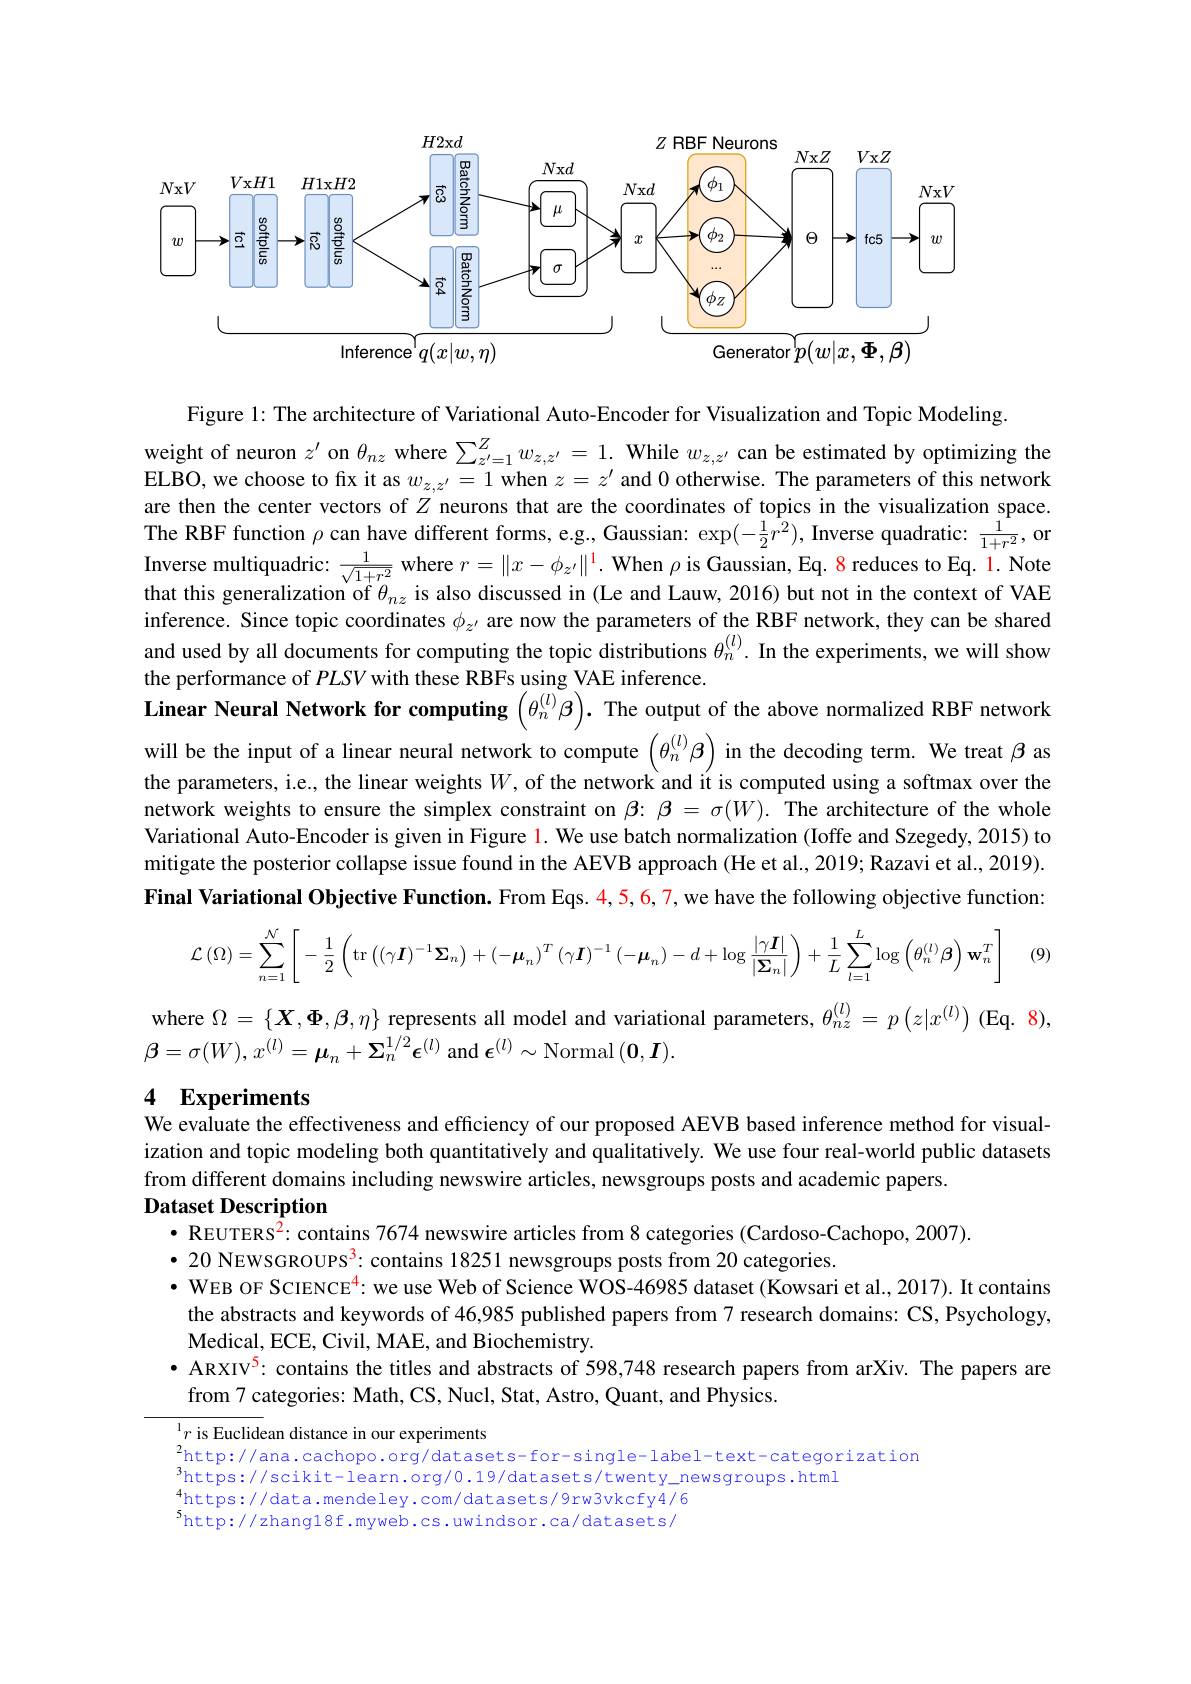
<FigureHere>

Figure l: The architecture of Variational Auto-Encoder for Visualization and Topic Modeling.
weight of neuron $z^\prime$ on $\theta_{nz}$ where $\sum_z^{\prime}=1^Zw_{z,z^{\prime}}=1.$ While $w_z,z^{\prime}$ can be estimated by optimizing the ELBO, we choose to fix it as $w_{z,z^{\prime}}=1$ when $z=z^{\prime}$ and 0 otherwise. The parameters of this network are then the center vectors of $Z$ neurons that are the coordinates of topics in the visualization space. The RBF function $\rho$ can have different forms, e.g, Gaussian: $\exp(-\frac12r^2)$, Inverse quadratic: $\frac1{1+r^2}$, or that this generalization of $\theta_{nz}$ is also discussed in (Le and Lauw, 2016) but not in the context of VAE inference. Since topic coordinates $\phi_{z^{\prime}}$ are now the parameters of the RBF network, they can be shared and used by all documents for computing the topic distributions $\theta_n^{(l)}.$ In the experiments, we will show the performance of $PLSV$ with these RBFs using VAE inference
Linear Neural Network for computing $\left(\theta_n^{(l)}\beta\right).$ The output of the above normalized RBF network will be the input of a linear neural network to compute $\left(\theta_n^{(l)}\beta\right)$ in the decoding term. We treat $\beta$ as the parameters, i.e., the linear weights $W$, of the network and it is computed using a softmax over the network weights to ensure the simplex constraint on $\beta{:}\beta=\sigma(W).$ The architecture of the whole Variational Auto-Encoder is given in Figure 1. We use batch normalization (Ioffe and Szegedy, 2015) to mitigate the posterior collapse issue found in the AEVB approach (He et al., 2019; Razavi et al., 2019). Final Variational Objective Function. From Eqs. 4,5,6,7,we have the following objective function:
$$\mathcal{L}\left(\Omega\right)=\sum_{n=1}^{\mathcal{N}}\left[-\frac{1}{2}\left(\mathrm{tr}\left(\left(\gamma\boldsymbol{I}\right)^{-1}\boldsymbol{\Sigma}_{n}\right)+\left(-\boldsymbol{\mu}_{n}\right)^{T}\left(\gamma\boldsymbol{I}\right)^{-1}\left(-\boldsymbol{\mu}_{n}\right)-d+\log\frac{\left|\gamma\boldsymbol{I}\right|}{\left|\boldsymbol{\Sigma}_{n}\right|}\right)+\frac{1}{L}\sum_{l=1}^{L}\log\left(\theta_{n}^{\left(\ell\right)}\boldsymbol{\beta}\right)\mathbf{w}_{n}^{T}\right]$$
(9)

where $\Omega=\left\{\boldsymbol{X},\boldsymbol{\Phi},\boldsymbol{\beta},\eta\right\}$ represents all model and variational parameters, $\theta_nz^{(l)}=p\left(z|x^{(l)}\right)$ (Eq. 8),
$\beta=\sigma(W),x^{(l)}=\boldsymbol{\mu}_{n}+\Sigma_{n}^{1/2}\dot{\epsilon}^{(l)}$and$\boldsymbol\epsilon^(l)\sim$Normal$(\mathbf{0},\boldsymbol I).$

## 4 Experiments We evaluate the effectiveness and efficiency of our proposed AEVB based inference method for visual-

ization and topic modeling both quantitatively and qualitatively. We use four real-world public datasets
from different domains including newswire articles, newsgroups posts and academic papers.

Dataset Description
$•$ REUTERS$^{2}$: contains 7674 newswire articles from 8 categories (Cardoso-Cachopo, 2007).
$\bullet$ 20 NEWSGROUPS$^3:$ contains 18251 newsgroups posts from 20 categories.
· WEB OF SCIENCE$^{4}$: we use Web of Science WOS-46985 dataset (Kowsari et al., 2017). It contains the abstracts and keywords of 46,985 published papers from 7 research domains: CS, Psychology, Medical, ECE, Civil, MAE, and Biochemistry.
· ARXIV$^{5}$: contains the titles and abstracts of 598,748 research papers from arXiv. The papers are
from 7 categories: Math, CS, Nucl, Stat, Astro, Quant, and Physics.

$^1r$ is Euclidean distance in our experiments
2http: / / ana. cachopo. org/ datasets- for- single- label- text- categorization 2http: / / ana. cachopo. org/ datasets- for- single- label- text- categorization
$^3$https://scikit-learn.org/0.19/datasets/twenty\_newsgroups.html
https://data.mendeley.com/datasets/9rw3vkcfy4/6 $^{5}$http://zhang18f.myweb.cs.uwindsor.ca/datasets/